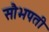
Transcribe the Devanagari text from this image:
सौभपती